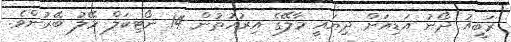
ރަބީއު ދޯނު އަޑިއަށް ދިޔައީ މާލޭގެ އިރުއުތުން 14 ނޯޓިކަލް މޭލު ބޭރުންވެ.